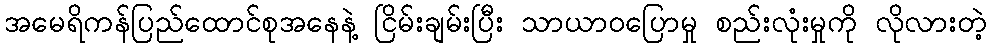
အမေရိကန်ပြည်ထောင်စုအနေနဲ့ ငြိမ်းချမ်းပြီး သာယာဝပြောမှု စည်းလုံးမှုကို လိုလားတဲ့